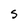
Character: S